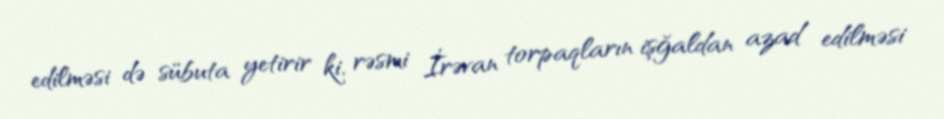
edilməsi də sübuta yetirir ki, rəsmi İrəvan torpaqların işğaldan azad edilməsi